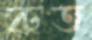
রুত